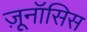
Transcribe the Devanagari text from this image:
ज़ूनॉसिस